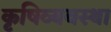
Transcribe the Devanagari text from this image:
कृषिव्‍यवस्था